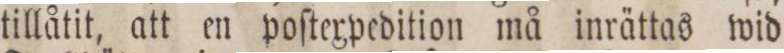
tillåtit, att en poſtexpedition må inrättas wid